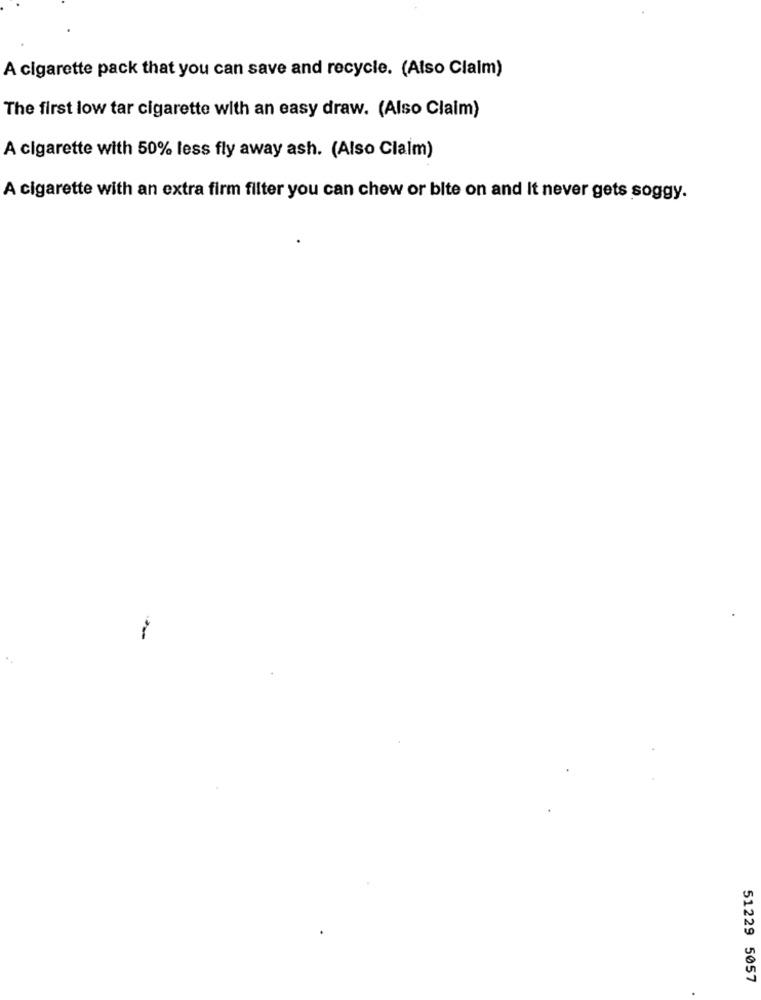
A cigarette pack that you can save and recycle. (Also Claim)
The first low tar cigarette with an easy draw. (Also Claim)
A cigarette with 50% less fly away ash. (Also Claim)
A cigarette with an extra firm filter you can chew or bite on and It never gets soggy.
51229 5057